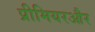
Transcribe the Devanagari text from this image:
प्रीमियरऔर